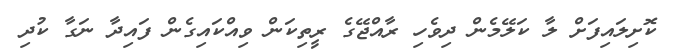
ކޮށިލައިފަށް ލާ ކަލޭމެން ދިވެހި ރާއްޖޭގެ ރީތިކަން ވިއްކައިގެން ފައިދާ ނަގާ ކުދި